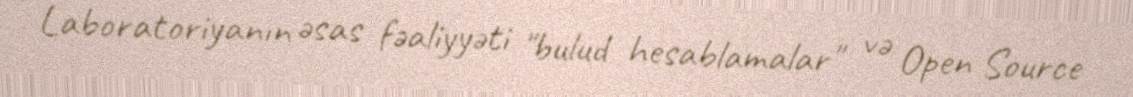
Laboratoriyanın əsas fəaliyyəti "bulud hesablamalar" və Open Source